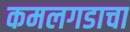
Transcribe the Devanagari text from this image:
कमलगडाचा